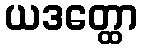
ယဒတ္ထော